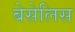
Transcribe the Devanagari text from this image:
बेसेलिस